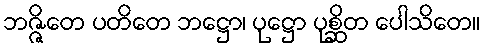
ဘဇ္ဇိတေ ပတိတေ ဘဋ္ဌော၊ ပုဋ္ဌော ပုစ္ဆိတ ပေါသိတေ။